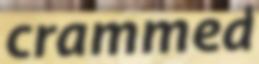
crammed